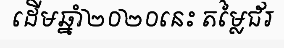
ដើមឆ្នាំ២០២០នេះ តម្លៃជ័រ